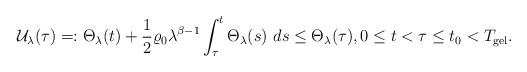
LaTeX: \begin{align*}\mathcal{U}_{\lambda}(\tau)=:\Theta_{\lambda}(t)+\frac{1}{2}\varrho_{0}\lambda^{\beta-1}\int_{\tau}^{t}\Theta_{\lambda}(s)\ ds\leq \Theta_{\lambda}(\tau),0\leq t<\tau\leq t_{0}<T_{\mathrm{gel}}.\end{align*}